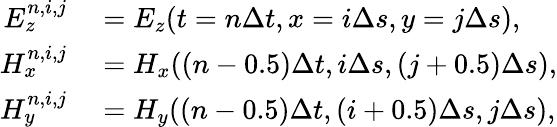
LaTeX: \begin{array}{rl}{E_{z}^{n,i,j}}&{{}=E_{z}(t=n\Delta t,x=i\Delta s,y=j\Delta s),}\\ {H_{x}^{n,i,j}}&{{}=H_{x}((n-0.5)\Delta t,i\Delta s,(j+0.5)\Delta s),}\\ {H_{y}^{n,i,j}}&{{}=H_{y}((n-0.5)\Delta t,(i+0.5)\Delta s,j\Delta s),}\end{array}